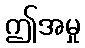
ဤအမှု